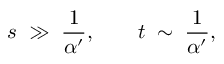
s \; \gg \; \frac 1 { \alpha ^ { \prime } } , \qquad t \; \sim \; \frac 1 { \alpha ^ { \prime } } ,